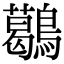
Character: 𪆰